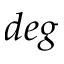
d e g